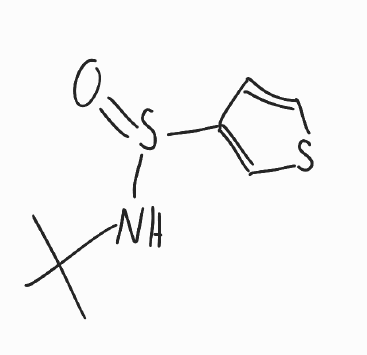
Simplified molecular-input line-entry system (SMILES) notation of the given molecule:
CC(C)(C)NS(=O)C1=CSC=C1